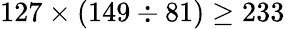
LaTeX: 127\times(149\div 81)\geq 233